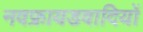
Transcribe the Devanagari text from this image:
नवफ्रायडवादियों